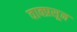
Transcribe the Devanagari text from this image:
वाक्प्रसून